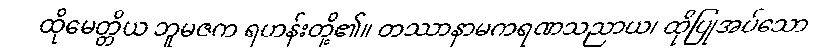
ထိုမေတ္တိယ ဘူမဇက ရဟန်းတို့၏။ တဿာနာမကရဏသညာယ၊ ထိုပြုအပ်သော